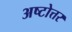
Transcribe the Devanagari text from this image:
अष्टोत्तर